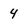
Character: 4